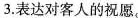
3.表达对客人的祝愿。